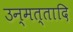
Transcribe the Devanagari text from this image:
उन्मत्तादि